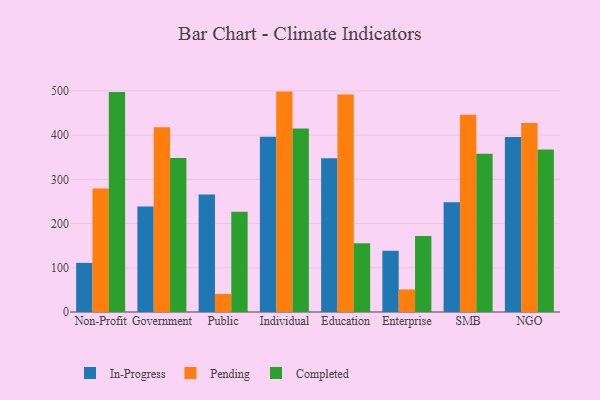
{"axis": {"x": "Segment", "y": "Gross Profit (USD K)"}, "legend": ["Completed", "In-Progress", "Pending"], "data": [{"x": "Non-Profit", "y": 111.1, "type": "In-Progress"}, {"x": "Non-Profit", "y": 279.1, "type": "Pending"}, {"x": "Non-Profit", "y": 497.3, "type": "Completed"}, {"x": "Government", "y": 238.3, "type": "In-Progress"}, {"x": "Government", "y": 417.6, "type": "Pending"}, {"x": "Government", "y": 348.0, "type": "Completed"}, {"x": "Public", "y": 265.8, "type": "In-Progress"}, {"x": "Public", "y": 40.8, "type": "Pending"}, {"x": "Public", "y": 226.6, "type": "Completed"}, {"x": "Individual", "y": 396.3, "type": "In-Progress"}, {"x": "Individual", "y": 498.4, "type": "Pending"}, {"x": "Individual", "y": 415.2, "type": "Completed"}, {"x": "Education", "y": 347.6, "type": "In-Progress"}, {"x": "Education", "y": 491.9, "type": "Pending"}, {"x": "Education", "y": 155.6, "type": "Completed"}, {"x": "Enterprise", "y": 138.4, "type": "In-Progress"}, {"x": "Enterprise", "y": 51.0, "type": "Pending"}, {"x": "Enterprise", "y": 171.6, "type": "Completed"}, {"x": "SMB", "y": 248.4, "type": "In-Progress"}, {"x": "SMB", "y": 445.8, "type": "Pending"}, {"x": "SMB", "y": 358.0, "type": "Completed"}, {"x": "NGO", "y": 395.7, "type": "In-Progress"}, {"x": "NGO", "y": 427.6, "type": "Pending"}, {"x": "NGO", "y": 367.6, "type": "Completed"}]}